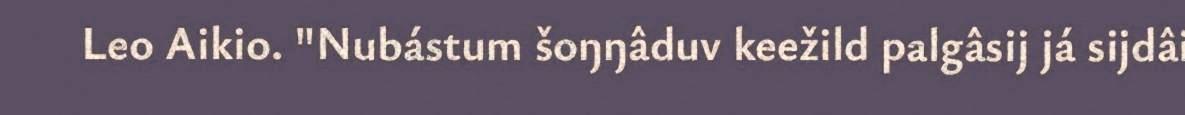
Leo Aikio. "Nubástum šoŋŋâduv keežild palgâsij já sijdâi